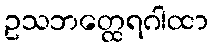
ဥသဘတ္ထေရဂါထာ